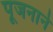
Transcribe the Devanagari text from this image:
पूजनाने